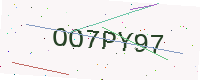
Text: OO7PY97